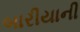
બારીયાની